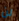
لن